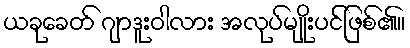
ယခုခေတ် ဂျာဒူးဝါလား အလုပ်မျိုးပင်ဖြစ်၏။